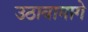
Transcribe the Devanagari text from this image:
उठावामागे